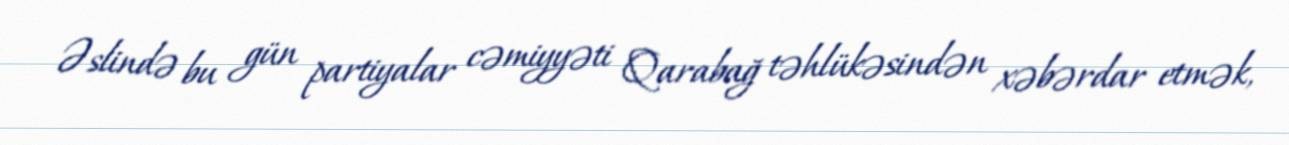
Əslində bu gün partiyalar cəmiyyəti Qarabağ təhlükəsindən xəbərdar etmək,